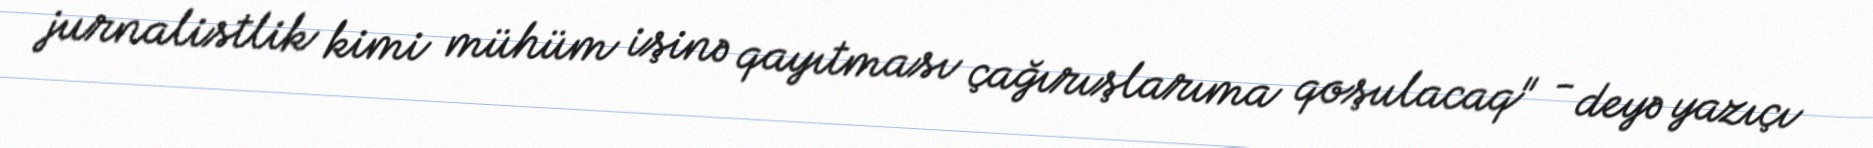
jurnalistlik kimi mühüm işinə qayıtması çağırışlarıma qoşulacaq" - deyə yazıçı